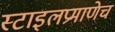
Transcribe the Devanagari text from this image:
स्टाइलप्रमाणेच